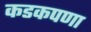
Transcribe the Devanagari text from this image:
कडकपणा